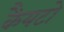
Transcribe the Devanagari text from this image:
कैयटो